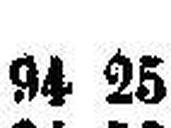
94 25